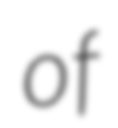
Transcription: of